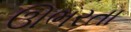
ઊભરતા